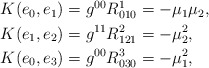
\begin{align*}\begin{aligned}K(e_0,e_1)&=g^{00}R^1_{010}=-\mu_1\mu_2,\\K(e_1,e_2)&=g^{11}R^2_{121}=-\mu_2^2,\\K(e_0,e_3)&=g^{00}R^3_{030}=-\mu_1^2,\end{aligned}\end{align*}